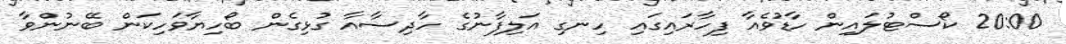
20:00 ކޯސްޓުލައިން ހާޑުވެއާ ފިހާރައިގައި ހިނގި އަލިފާނުގެ ހާދިސާއާ ގުޅިގެން ބޯހިޔާވަހިކަން ބޭނުންވާ